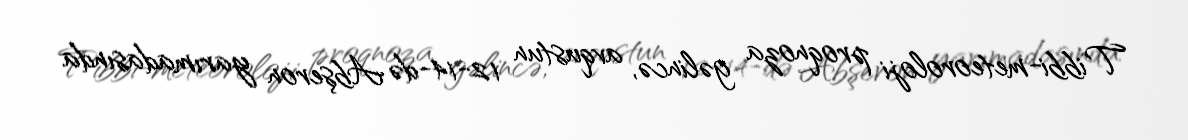
Tibbi-meteoroloji proqnoza gəlincə, avqustun 12-14-də Abşeron yarımadasında